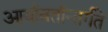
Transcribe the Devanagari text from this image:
आर्यावर्तान्तर्गते